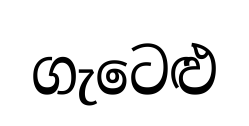
ගැටෙළු